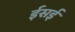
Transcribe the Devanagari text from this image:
ईसई